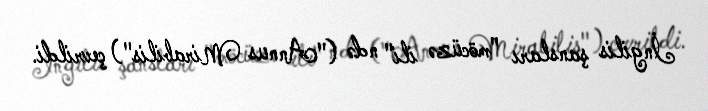
İngilis şansları "möcüzə ili" ndə ("Annus Mirabilis") çevrildi.